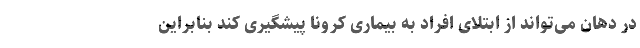
در دهان می‌تواند از ابتلای افراد به بیماری کرونا پیشگیری کند بنابراین